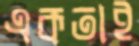
একতাই